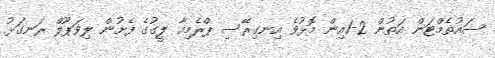
ސައުތެމްޓަން އަތުން 2-1އިން މޮޅުވެ އިނގިރޭސި ޕްރެމިއާ ލީގުގެ ފެށުން ލިވަޕޫލް ރަނގަޅު